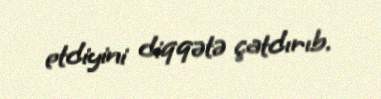
etdiyini diqqətə çatdırıb.